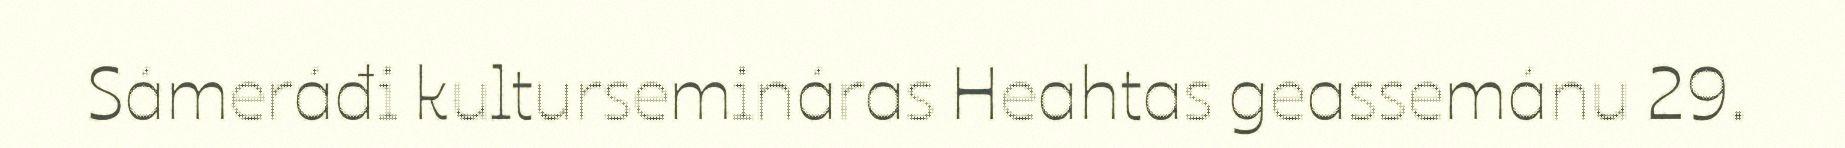
Sámeráđi kultursemináras Heahtas geassemánu 29.